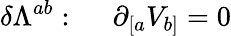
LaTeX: \delta\Lambda^{ab}:~~~~~\partial_{[a}V_{b]}=0